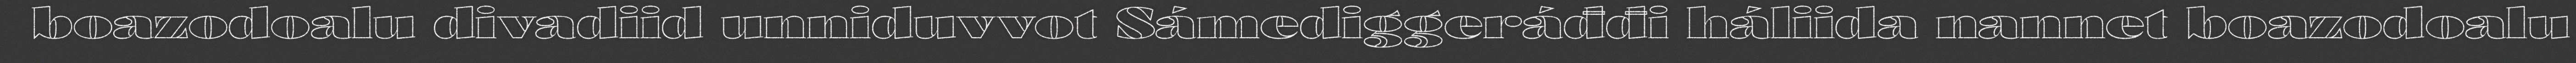
boazodoalu divadiid unniduvvot Sámediggeráđđi háliida nannet boazodoalu